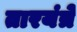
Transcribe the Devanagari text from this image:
तारयंत्रे